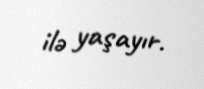
ilə yaşayır.